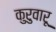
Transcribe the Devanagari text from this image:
कुरुवारू